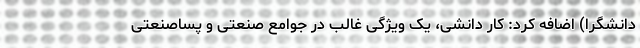
دانشگرا) اضافه کرد: کار دانشی، یک ویژگی غالب در جوامع صنعتی و پساصنعتی